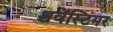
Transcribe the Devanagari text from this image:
श्चवेंस्टिगर